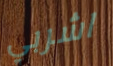
اشربي